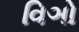
વિઞો